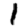
Digit: 1